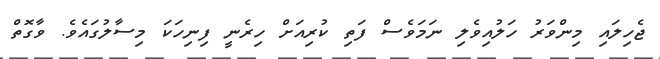
ޖެހިލައި މިންވަރު ހަލުއިވެލި ނަމަވެސް ފަތި ކުރިއަށް ހިރެނީ ފިނިހަކަ މިސާލުގައެވެ. ވާގޮތް